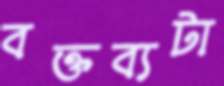
বক্তব্যটা